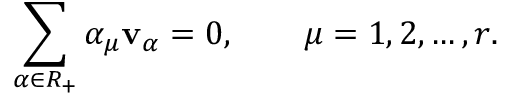
\sum _ { \alpha \in R _ { + } } \alpha _ { \mu } { \bf v } _ { \alpha } = 0 , \qquad \mu = 1 , 2 , \ldots , r .